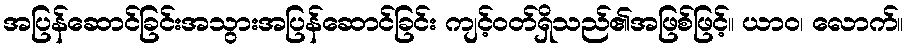
အပြန်ဆောင်ခြင်းအသွားအပြန်ဆောင်ခြင်း ကျင့်ဝတ်ရှိသည်၏အဖြစ်ဖြင့်။ ယာဝ၊ လောက်။